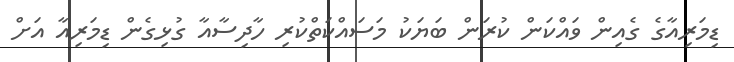
ޑިމަރިއާގެ ގެއިން ވައްކަން ކުރަން ބަޔަކު މަސައްކަތްކުރި ހާދިސާއާ ގުޅިގެން ޑިމަރިއާ އަށް